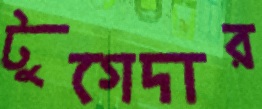
টুগেদার